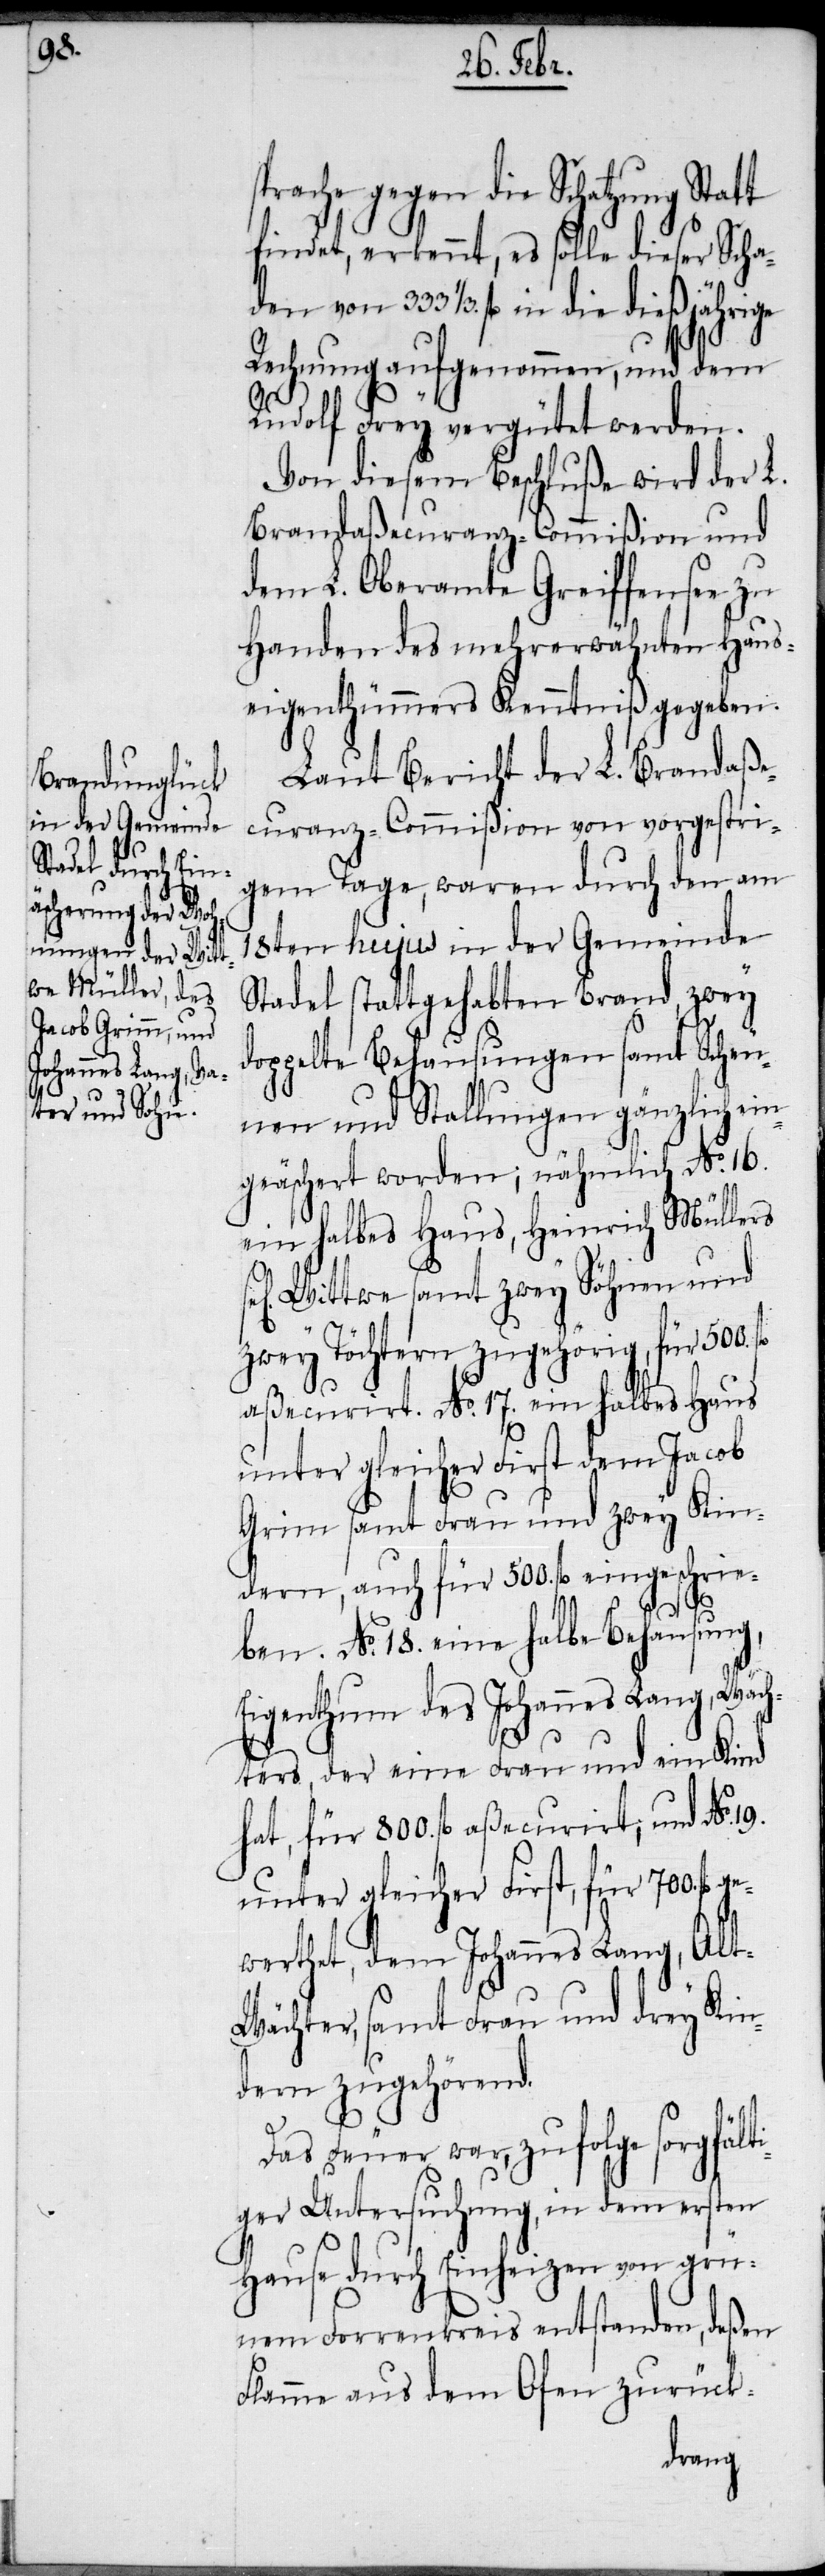
1/3.

sprache gegen die Schatzung Statt
findet, erkennt, es solle dieser Scha¬
fl in die dießjährige
Rechnung aufgenommen, und dem
Rudolf Frey vergütet werden.
Von diesem Beschluße wird der L.
Brandaßecuranz-Commißion und
dem L. Oberamte Greiffensee zu
Handen des mehrerwähnten Haus¬
eigenthümmers Kenntniß gegeben.
Laut Bericht der L. Brandaße¬
curanz-Commißion von vorgestri¬
gem Tage, waren durch den am
18ten hujus in der Gemeinde
Stadel stattgehabten Brand, zwey
oppelte Behausungen samt Scheu¬
nen und Stallungen gänzlich ein¬
geäschert worden; nähmlich No. 16.
ein halbes Haus, Heinrich Müllers
Wittwe samt zwey Söhnen und
zwey Töchtern zugehörig, für 500. fl
aßecurirt. No. 17. ein halbes Haus
unter gleicher First dem Jacob
Grim samt Frau und zwey Kin¬
dern, auch für 500. fl eingeschrie¬
ge¬
ben. No. 18. eine halbe Behausung,
Eigenthum des Johannes Lang, Wäch¬
ters, der eine Frau und ein Kind
hat, für 800. fl aßecurirt; und No.
unter gleicher First, für 700. fl
werthet, dem Johannes Lang, Alt-W¬
ächter, samt Frau und drey Kin¬
dern zugehörend.
Das Feuer war, zufolge sorgfält¬
iger Untersuchung, in dem ersten
Hause durch Einheizen von grü¬
nem Forrenkreis entstanden, deßen
Flamme aus dem Ofen zurück-